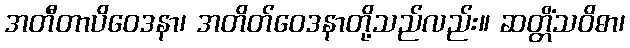
အတီတာပိဝေဒနာ၊ အတိတ်ဝေဒနာတို့သည်လည်း။ ဆတ္တိံသဝိဓာ၊